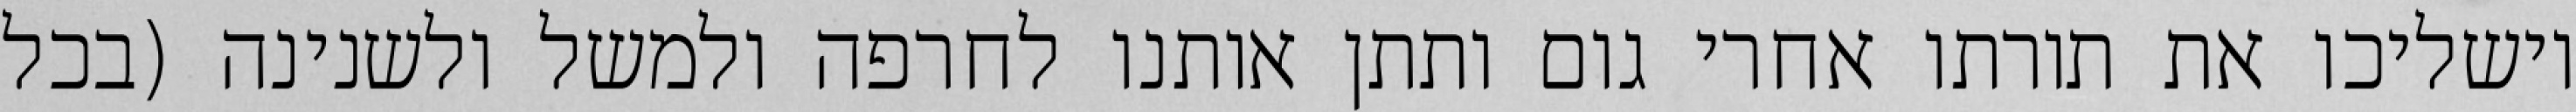
וישליכו את תורתו אחרי גום ותתן אותנו לחרפה ולמשל ולשנינה (בכל